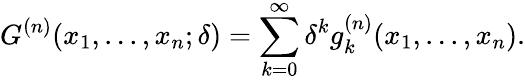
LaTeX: G^{(n)}(x_{1},...,x_{n};\delta)=\sum_{k=0}^{\infty}\delta^{k}g_{k}^{(n)}(x_{1},...,x_{n}).